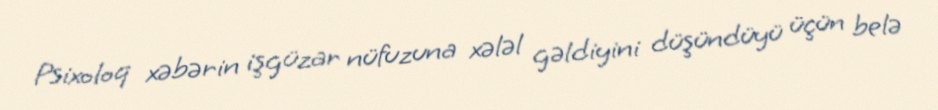
Psixoloq xəbərin işgüzar nüfuzuna xələl gəldiyini düşündüyü üçün belə